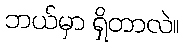
ဘယ်မှာ ရှိတာလဲ။